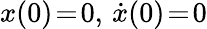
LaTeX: {x(0)\! =\! 0},\, {\dot{x}(0)\! =\! 0}